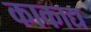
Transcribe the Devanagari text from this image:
काकाद्य